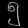
Digit: ၅